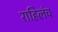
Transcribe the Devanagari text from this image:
राहिलंच